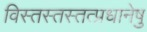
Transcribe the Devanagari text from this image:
विस्तस्तस्तत्प्रधानेषु